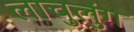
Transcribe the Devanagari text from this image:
लाचुलुंग